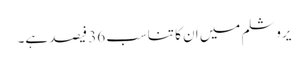
یروشلم میں ان کا تناسب 36 فیصد ہے۔